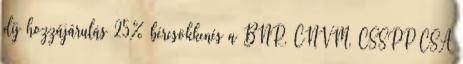
díj hozzájárulás 25% bércsökkenés a BNR, CNVM, CSSPP CSA